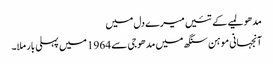
مدھو لمیے کے تئیں میرے دل میں
آنجہانی موہن سنگھ میں مدھو جی سے 1964 میں پہلی بار ملا۔